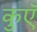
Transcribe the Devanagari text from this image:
कुएॅ